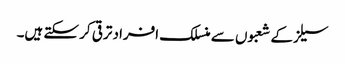
سیلزکے شعبوں سے منسلک افراد ترقی کر سکتے ہیں۔